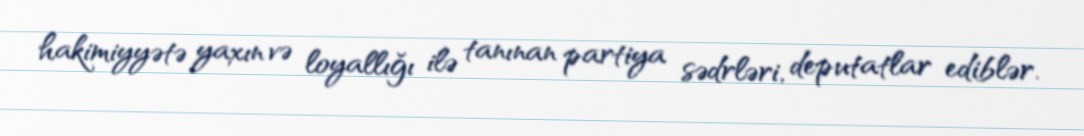
hakimiyyətə yaxın və loyallığı ilə tanınan partiya sədrləri, deputatlar ediblər.